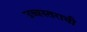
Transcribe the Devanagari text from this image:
उच्चस्तराची